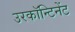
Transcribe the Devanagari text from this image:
उरकॉन्टिनेंट